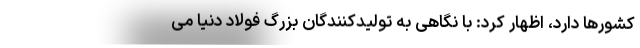
کشورها دارد، اظهار کرد: با نگاهی به تولیدکنندگان بزرگ فولاد دنیا می